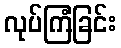
လုပ်ကြံခြင်း